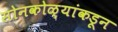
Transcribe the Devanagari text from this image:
सोनकोळ्यांकडून